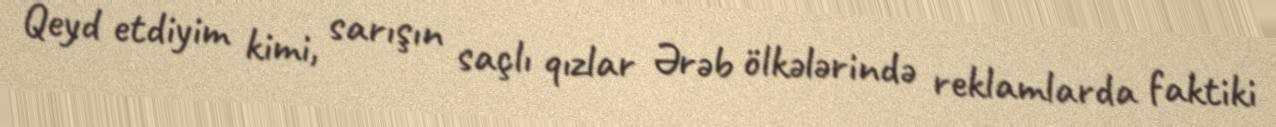
Qeyd etdiyim kimi, sarışın saçlı qızlar Ərəb ölkələrində reklamlarda faktiki